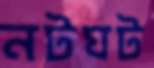
নটঘট